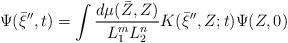
LaTeX: \begin{align*}\Psi(\bar \xi^{\prime\prime},t)=\int \frac{d\mu(\bar Z, Z)}{L_1^{m}L_2^{n}}K(\bar \xi^{\prime\prime},Z;t) \Psi(Z,0)\end{align*}